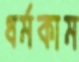
ধর্মকাম